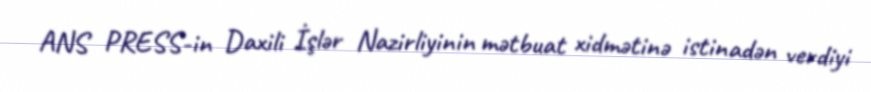
ANS PRESS-in Daxili İşlər Nazirliyinin mətbuat xidmətinə istinadən verdiyi